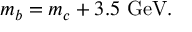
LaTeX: m _ { b } = m _ { c } + 3 . 5 ~ \mathrm { G e V } .